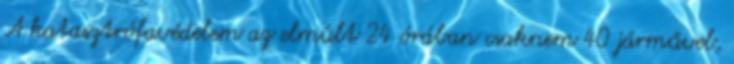
A katasztrófavédelem az elmúlt 24 órában csaknem 40 járművel,